Scientific memoirs by medical officers of the Army of India - Part II,
Year: 1886
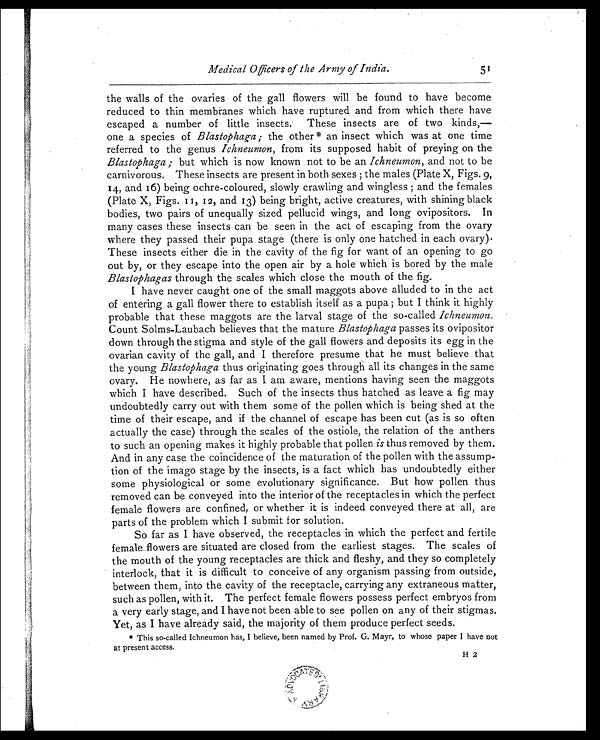
Medical Officers of the Army of India.
51
the walls of the ovaries of the gall flowers will be found to have become
reduced to thin membranes which have ruptured and from which there have
escaped a number of little insects. These insects are of two kinds,—
one a species of Blastophaga; the other* an insect which was at one time
referred to the genus Ichneumon, from its supposed habit of preying on the
Blastophaga; but which is now known not to be an Ichneumon, and not to be
carnivorous, These insects are present in both sexes; the males (Plate X, Figs. 9,
14, and 16) being ochre-coloured, slowly crawling and wingless; and the females
(Plate X, Figs. 11, 12 , and 13) being bright, active creatures, with shining black
bodies, two pairs of unequally sized pellucid wings, and long ovipositors. In
many cases these insects can be seen in the act of escaping from the ovary
where they passed their pupa stage (there is only one hatched in each ovary).
These insects either die in the cavity of the fig for want of an opening to go
out by, or they escape into the open air by a hole which is bored by the male
Blastophagas through the scales which close the mouth of the fig.
I have never caught one of the small maggots above alluded to in the act
of entering a gall flower there to establish itself as a pupa; but I think it highly
probable that these maggots are the larval stage of the so-called Ichneumon.
Count Solms-Laubach believes that the mature Blastophaga passes its ovipositor
down through the stigma and style of the gall flowers and deposits its egg in the
ovarian cavity of the gall, and I therefore presume that he must believe that
the young Blastophaga thus originating goes through all its changes in the same
ovary. He nowhere, as far as I am aware, mentions having seen the maggots
which I have described. Such of the insects thus hatched as leave a fig may
undoubtedly carry out with them some of the pollen which is being shed at the
time of their escape, and if the channel of escape has been cut (as is so often
actually the case) through the scales of the ostiole, the relation of the anthers
to such an opening makes it highly probable that pollen is thus removed by them.
And in any case the coincidence of the maturation of the pollen with the assump-
tion of the imago stage by the insects, is a fact which has undoubtedly either
some physiological or some evolutionary significance. But how pollen thus
removed can be conveyed into the interior of the receptacles in which the perfect
female flowers are confined, or whether it is indeed conveyed there at all, are
parts of the problem which I submit for solution.
So far as I have observed, the receptacles in which the perfect and fertile
female flowers are situated are closed from the earliest stages. The scales of
the mouth of the young receptacles are thick and fleshy, and they so completely
interlock, that it is difficult to conceive of any organism passing from outside,
between them, into the cavity of the receptacle, carrying any extraneous matter,
such as pollen, with it. The perfect female flowers possess perfect embryos from
a very early stage, and I have not been able to see pollen on any of their stigmas.
Yet, as I have already said, the majority of them produce perfect seeds.
* This so-called Ichneumon has, I believe, been named by Prof. G. Mayr, to whose paper I have not
at present access.